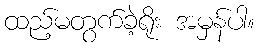
ထည့်မတွက်ခဲ့ရိုး အမှန်ပါ။